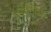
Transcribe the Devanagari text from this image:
नौसीखिए